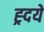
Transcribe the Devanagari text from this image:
ह्र्दये